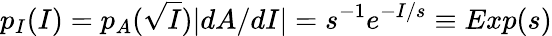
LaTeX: p_{I}(I)=p_{A}(\sqrt{I})|dA/dI|=s^{-1}e^{-I/s}\equiv Exp(s)